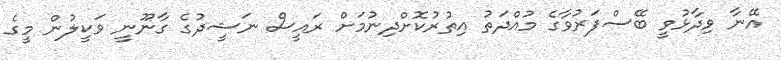
އޭނާ ވިދާޅުވީ ބޭސްފަރުވާގެ މުއްދަތު އިތުރުކޮށްދިނުމަށް ރައީސް ނަޝީދުގެ ގާނޫނީ ވަކީލުން މީގެ